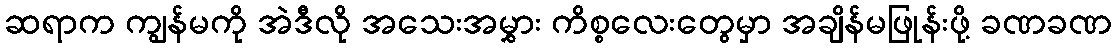
ဆရာက ကျွန်မကို အဲဒီလို အသေးအမွှား ကိစ္စလေးတွေမှာ အချိန်မဖြုန်းဖို့ ခဏခဏ